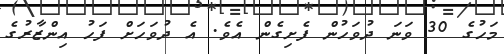
މަހުގެ 30 ވަނަ ދުވަހުން ފެށިގެން އެވެ. އެ ދުވަހަށް ފަހު އިންޒާރުގެ